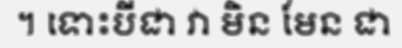
។ ទោះបីជា វា មិន មែន ជា